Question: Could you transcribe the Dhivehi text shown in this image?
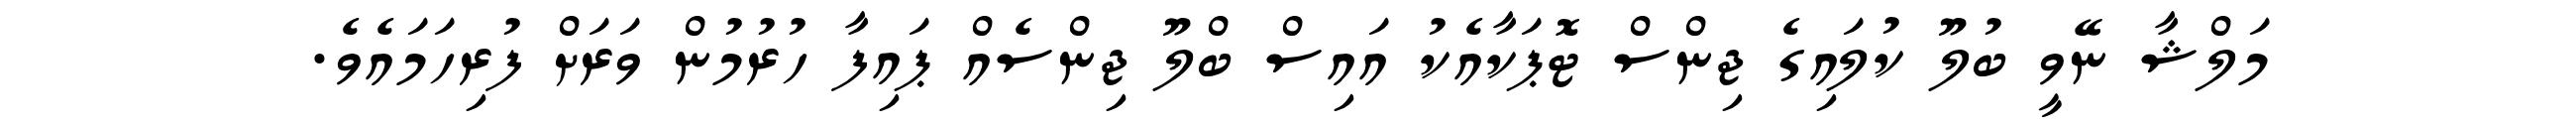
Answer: މަލްޝާ ނޭވީ ބުލޫ ކުލައިގެ ޖިންސް ޓޮޕަކާއެކު އައިސް ބްލޫ ޖިންސެއް ޕައިފާ ހުރުމުން ވަރަށް ފުރިހަމައެވެ.